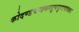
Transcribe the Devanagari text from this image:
कोदण्डचण्डशरतूणयुगाप्तभासः